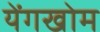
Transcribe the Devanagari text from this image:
येंगखोम